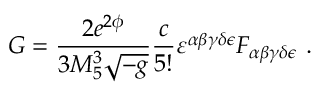
G = { \frac { 2 e ^ { 2 \phi } } { 3 M _ { 5 } ^ { 3 } \sqrt { - g } } } { \frac { c } { 5 ! } } \varepsilon ^ { \alpha \beta \gamma \delta \epsilon } { \cal F } _ { \alpha \beta \gamma \delta \epsilon } \ .